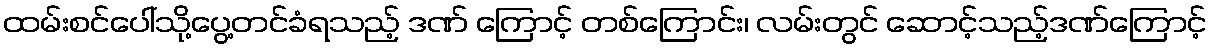
ထမ်းစင်ပေါ်သို့ပွေ့တင်ခံရသည့် ဒဏ် ကြောင့် တစ်ကြောင်း၊ လမ်းတွင် ဆောင့်သည့်ဒဏ်ကြောင့်